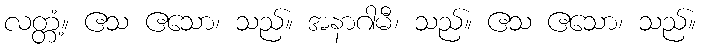
လတ္တံ့။ ဧသ ဧသော၊ သည်။ အနာဂါမီ၊ သည်။ ဧသ ဧသော၊ သည်။